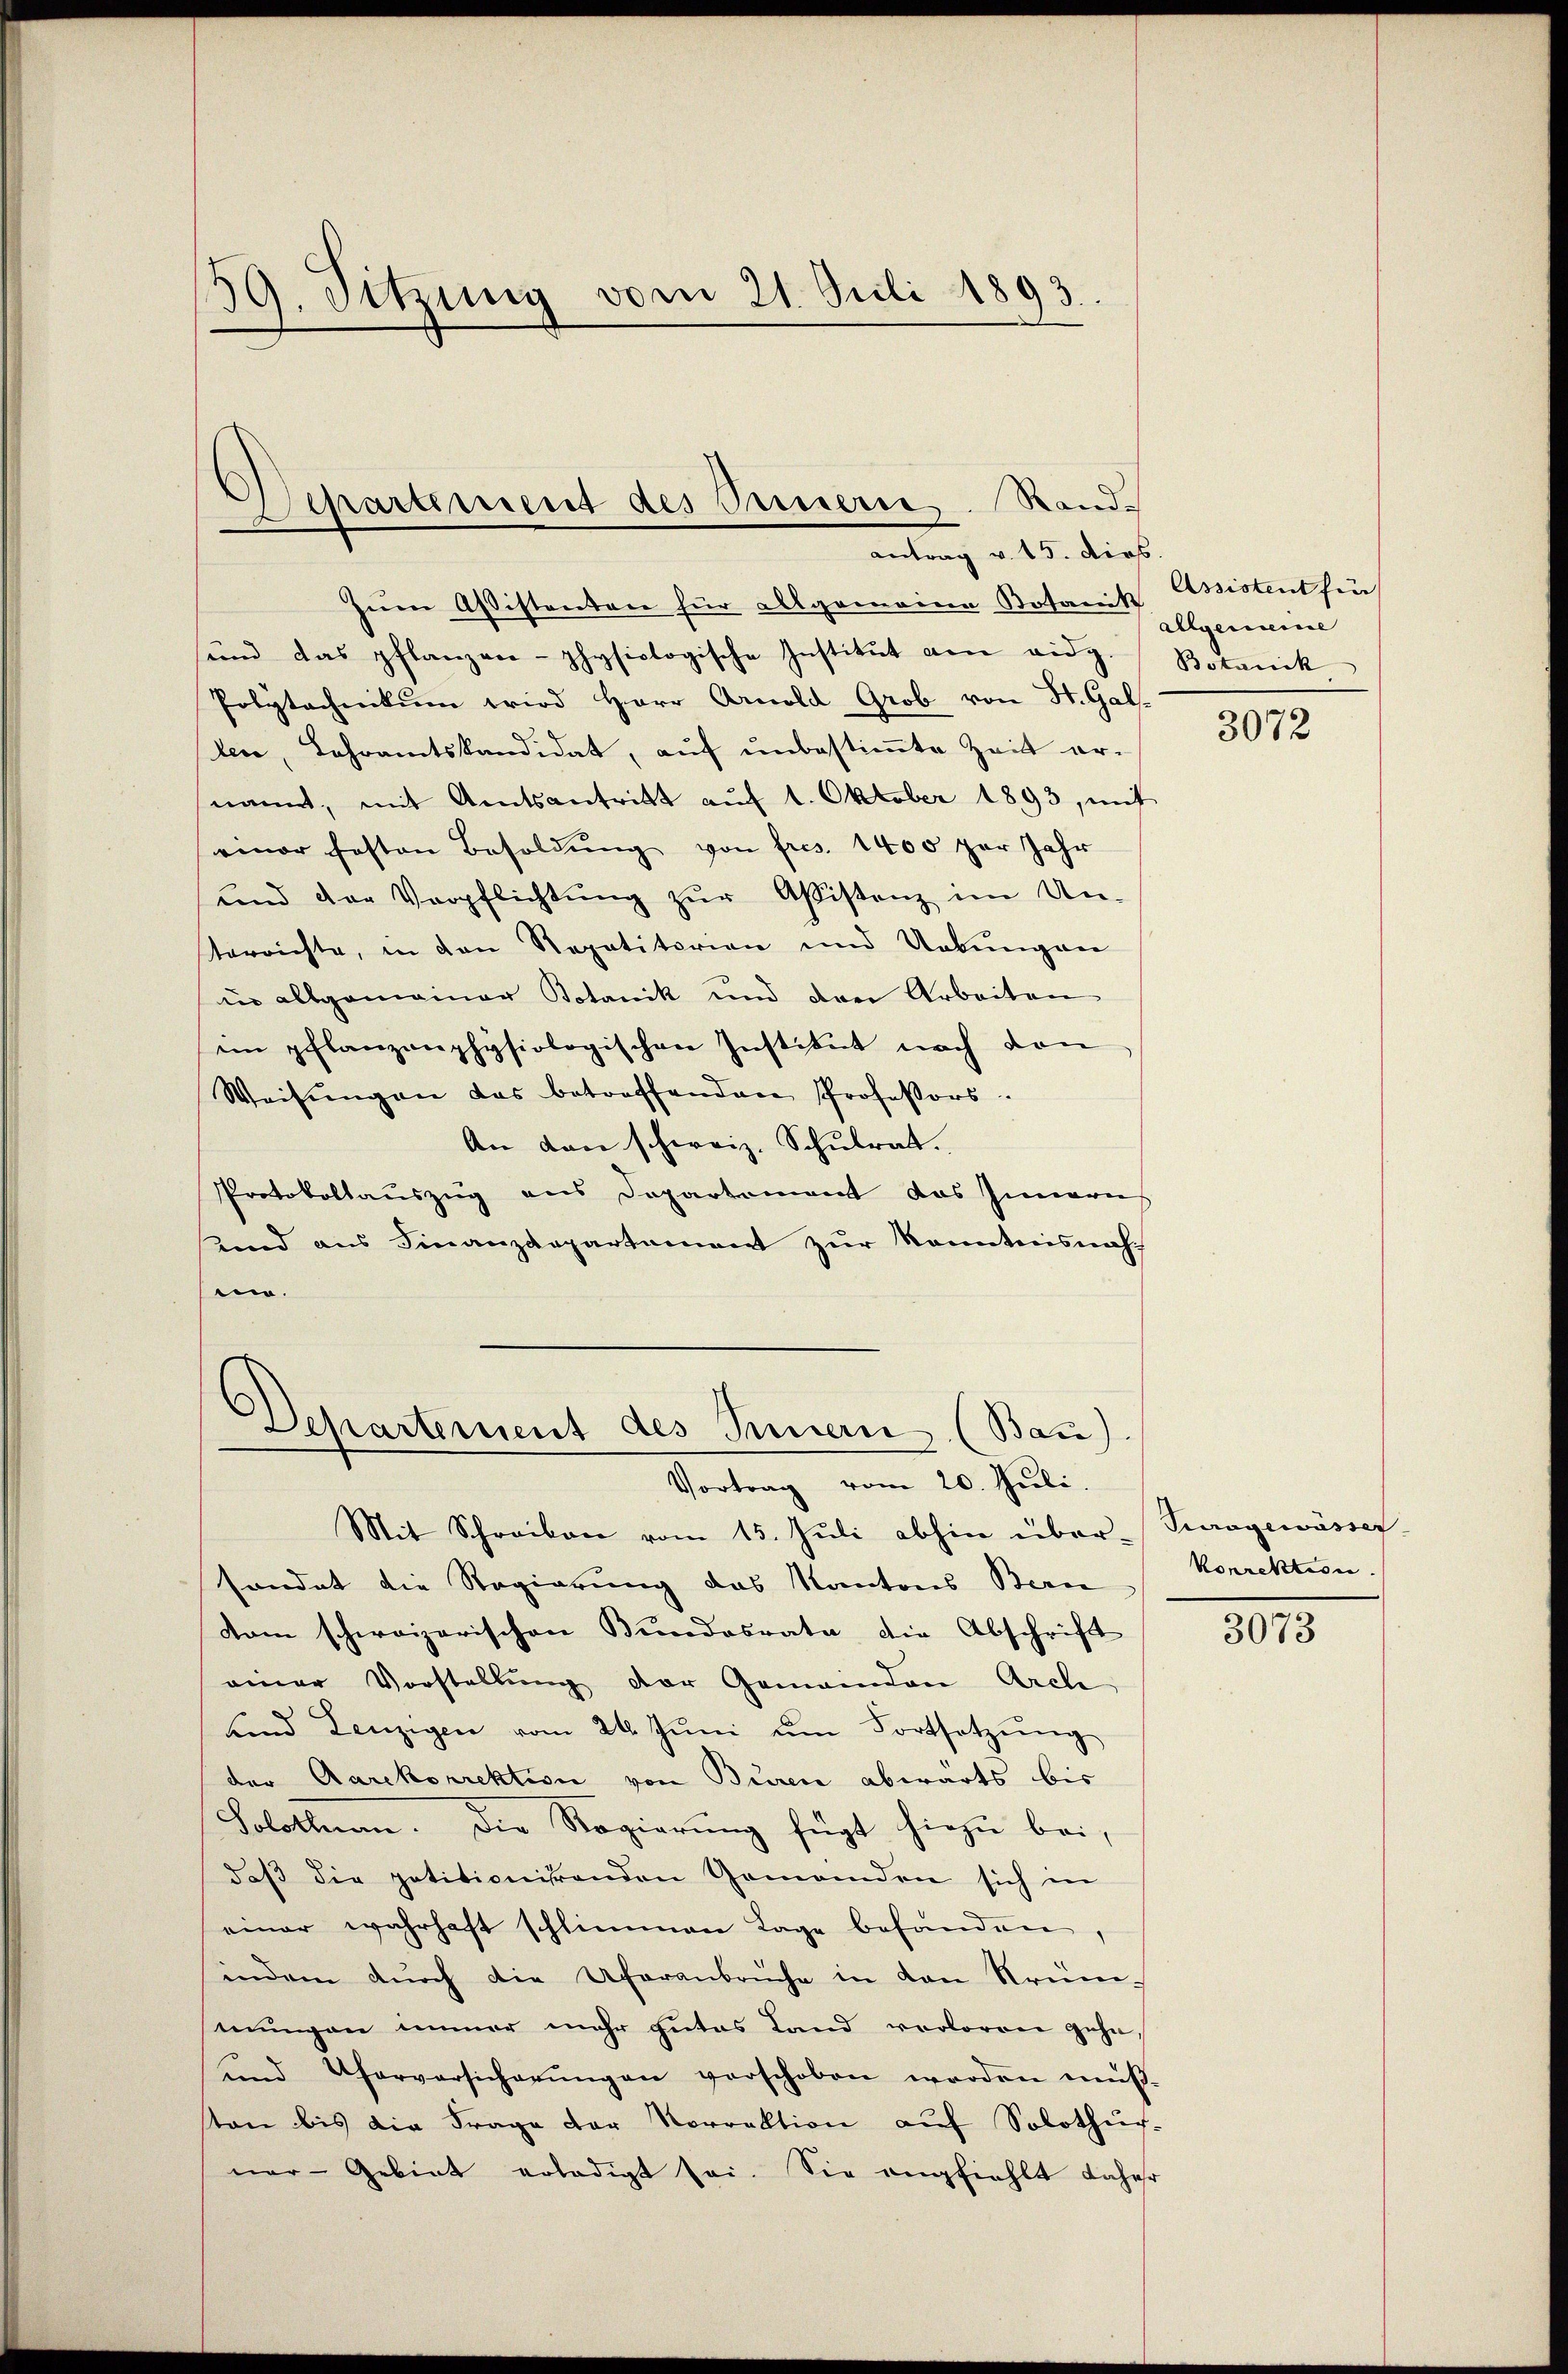
39. Sitzung vom 21. Juli 1893.

Departement des Innern. Randantrag v. 15. dies

Zum Aßistenten für allgemeinen Botanik Assistent für
sund das pflanzen-physiologische Institŭt von eidg. Botanik
Polytechnikum wird Herr Arnold Grob von St. Gal-
len, Lehramtskandidat, auf unbestimmte Zeit er-
nannt, mit Amtsantritt aŭf 1. Oktober 1893, mit
einer festen Besoldŭng von fres. 1400 per Jahr
und der Verpflichtŭng zŭr Aßistenz im Un-
terrichte, in den Repetitorien und Uebungen
in allgemeiner Botanik und den Arbeiten,
ein pflanzonphysiologischen Institut nach den
Weisŭngen das betreffenden Professors
An den schweiz. Schulrat.
Protokollauszug aus Departement das Inneris
sund aus Finanzdepartement zur Kenntnisnahmo.

Departement des Innern (Bau)
Vortrag vom 20. Juli.

Mit Schreiben vom 15. Jŭli abhin über-
sondet die Regierung das Kantons Beri
dam schweizerischen Bundesrate die Abschrift
einer Vorstellŭng der Gemeinden Arch
ŭnd Lenzigen vom 24. Jŭni ŭm Fortsetzŭng
der Aarekorrektion von Buren abwärts bis
Solothurn. Die Regierung fügt hiezu bei,
daβ die petitionirenden Gemeinden sich in
einer wahrhaft schlimmen Lage befanden,
indem dŭrch die Uferanbrüche in den Krüm-
mungen immer mehr gutes Land verloren gehe,
und Uferversicherŭngen verschoben werden müßston bis die Frage der Vorrektion aŭf Solothur-
ner-Gebiet erledigt sei. Sie empfiehlt daher

Allgemeine

3072

Suragewässer
korrektion.

3073